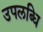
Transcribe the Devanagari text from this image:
उपलब्धि